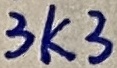
Text: 3K3